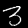
Label: 3